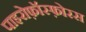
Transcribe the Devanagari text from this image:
पाइरोफ़ॉस्फ़ोरस